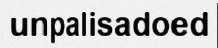
unpalisadoed